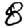
Digit: 8